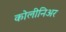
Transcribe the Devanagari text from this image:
कोलीनिअर